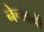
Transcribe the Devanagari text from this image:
नेच्यानी